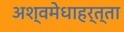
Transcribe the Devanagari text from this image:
अश्वमेधाहर्त्ता